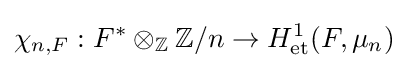
\chi _{n,F}:F^{*}\otimes _{\mathbb {Z} }\mathbb {Z} /n\to H_{\text{et}}^{1}(F,\mu _{n})